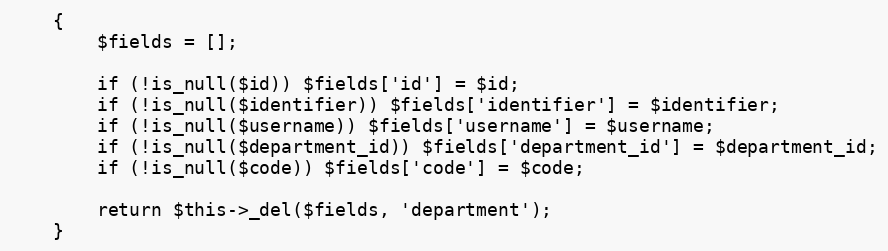
Language: PHP
    {
        $fields = [];

        if (!is_null($id)) $fields['id'] = $id;
        if (!is_null($identifier)) $fields['identifier'] = $identifier;
        if (!is_null($username)) $fields['username'] = $username;
        if (!is_null($department_id)) $fields['department_id'] = $department_id;
        if (!is_null($code)) $fields['code'] = $code;

        return $this->_del($fields, 'department');
    }